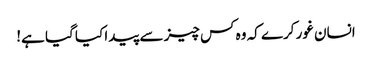
انسان غور کرے کہ وہ کس چیز سے پیدا کیا گیا ہے!